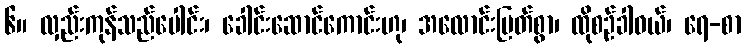
၆။ လှည်းကုန်သည်ပေါင်း၊ ခေါင်းဆောင်ကောင်းဟု၊ အလောင်းမြတ်စွာ၊ ထိုစဉ်ခါဝယ်၊ ရေ-စာ